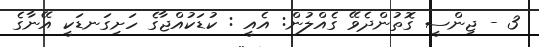
3 - ޖިންސީ ގޮތުންދެވޭ ގެއްލުން: އެއީ : ކުޑަކުއްޖާގެ ހަށިގަނޑަކީ އޭނާގެ